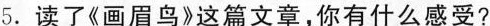
5.读了《画眉鸟》这篇文章，你有什么感受?